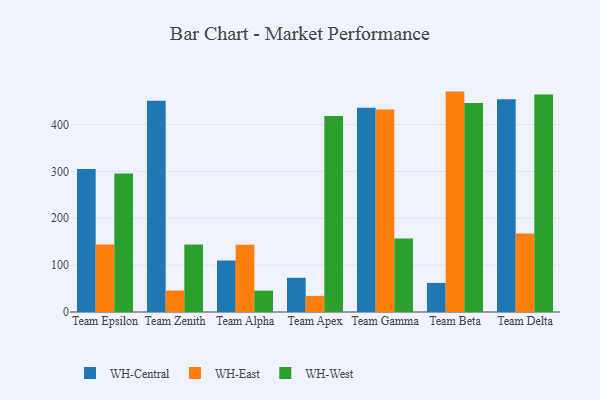
{"axis": {"x": "Team", "y": "Latency (ms)"}, "legend": ["WH-Central", "WH-East", "WH-West"], "data": [{"x": "Team Epsilon", "y": 305.1, "type": "WH-Central"}, {"x": "Team Epsilon", "y": 144.2, "type": "WH-East"}, {"x": "Team Epsilon", "y": 295.8, "type": "WH-West"}, {"x": "Team Zenith", "y": 450.6, "type": "WH-Central"}, {"x": "Team Zenith", "y": 45.8, "type": "WH-East"}, {"x": "Team Zenith", "y": 144.2, "type": "WH-West"}, {"x": "Team Alpha", "y": 109.9, "type": "WH-Central"}, {"x": "Team Alpha", "y": 143.4, "type": "WH-East"}, {"x": "Team Alpha", "y": 45.6, "type": "WH-West"}, {"x": "Team Apex", "y": 73.0, "type": "WH-Central"}, {"x": "Team Apex", "y": 34.4, "type": "WH-East"}, {"x": "Team Apex", "y": 418.3, "type": "WH-West"}, {"x": "Team Gamma", "y": 436.1, "type": "WH-Central"}, {"x": "Team Gamma", "y": 432.2, "type": "WH-East"}, {"x": "Team Gamma", "y": 156.8, "type": "WH-West"}, {"x": "Team Beta", "y": 62.1, "type": "WH-Central"}, {"x": "Team Beta", "y": 470.3, "type": "WH-East"}, {"x": "Team Beta", "y": 445.9, "type": "WH-West"}, {"x": "Team Delta", "y": 453.8, "type": "WH-Central"}, {"x": "Team Delta", "y": 167.6, "type": "WH-East"}, {"x": "Team Delta", "y": 464.1, "type": "WH-West"}]}